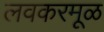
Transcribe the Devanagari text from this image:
लवकरमूळ